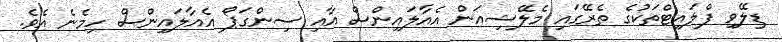
ޑިލޭވި ފްލައިޓްތަކުގެ ތެރޭގައި މެލޭޝިއަން އެއާލައިންސް އާއި ސިންގަޕޯ އެއާލައިންސް ހިމެނެ އެވެ.